Code of medical and sanitary regulations for the guidance of medical officers serving in the Madras Presidency - Volume II
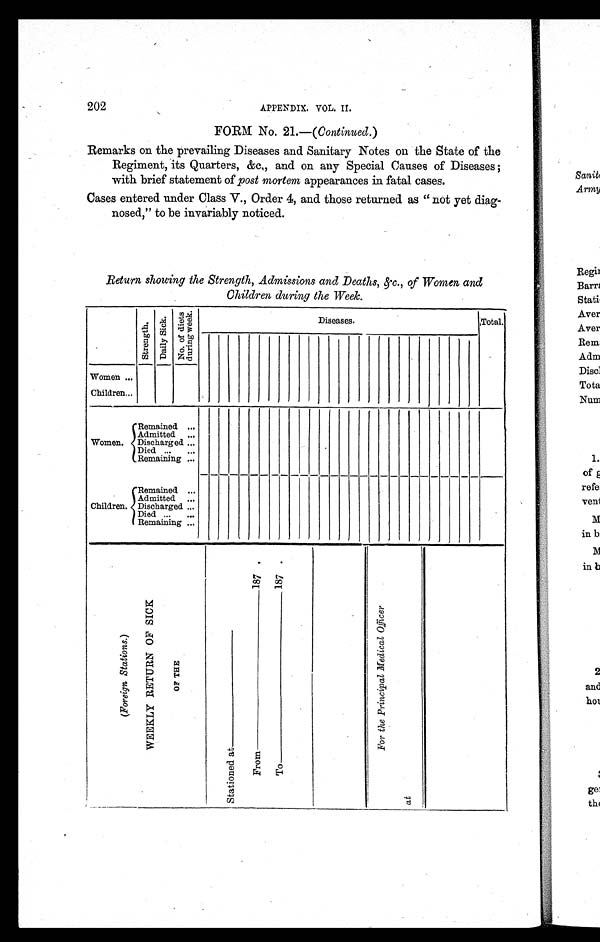
202
APPENDIX. VOL. II.
FORM No. 21.—( Continued. )
Remarks on the prevailing Diseases and Sanitary Notes on the State of the
Regiment, its Quarters, &c., and on any Special Causes of Diseases ;
with brief statement of post mortem appearances in fatal cases.
Cases entered under Class V., Order 4, and those returned as "not yet diag-
nosed," to be invariably noticed.
Return showing the Strength, Admissions and Deaths, &c., of Women and
Children during the Week.
S t r e n g t h .
D a i l y S i c k .
N o . o f d i e t s
d u r i n g w e e k .
Diseases.
Total.
Women ...
Children . . .
Women.
Remained
. . .
Admitted
. . .
Discharged ...
Died ...
...
Remaining ...
Children
Remained ...
Admitted ...
Discharged ...
Died ...
. . .
Remaining ...
(F
o r e i g n S t a t i o n s .
)
W E E K L Y R E T U R N O F S I C K
O F T H E
S t a t i o n e d a t _ _ _ _ _ _ _ _ _ _ _ _ _ _ _ _ _ _
F r o m _ _ _ _ _ _ _ _ _ _ _ _ _ _ _ _ _ _ _ _ _ _ _ _ _ _ _ _ _ _ _ _ _ _ _ _ _ _ _ _ _ _ _ _ _ 1 8 7 .
T o _ _ _ _ _ _ _ _ _ _ _ _ _ _ _ _ _ _ _ _ _ _ _ _ _ _ _ _ _ _ _ _ _ _ _ _ _ _ _ _ _ 1 8 7 .
F o r t h e P r i n c i p a l M e d i c a l O f f i c e r
a t